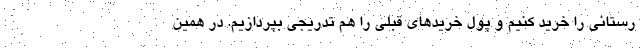
رستانی را خرید کنیم و پول خریدهای قبلی را هم تدریجی بپردازیم. در همین